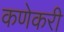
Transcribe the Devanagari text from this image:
कणेकरी